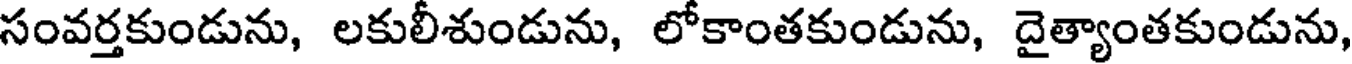
సంవర్తకుండును, లకులీశుండును, లోకాంతకుండును, దైత్యాంతకుండును,